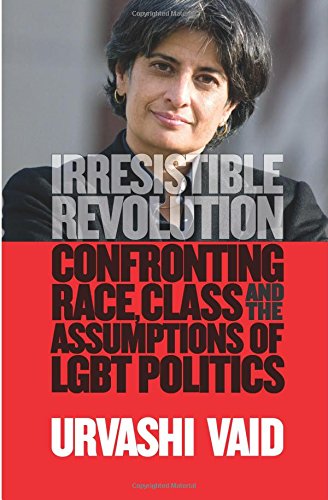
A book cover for Irresistible Revolution: Confronting Race, Class and the Assumptions of LGBT Politics; Urvashi Vaid; Gay & Lesbian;